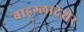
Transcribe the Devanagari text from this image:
बाड़्ग्लादेशेर